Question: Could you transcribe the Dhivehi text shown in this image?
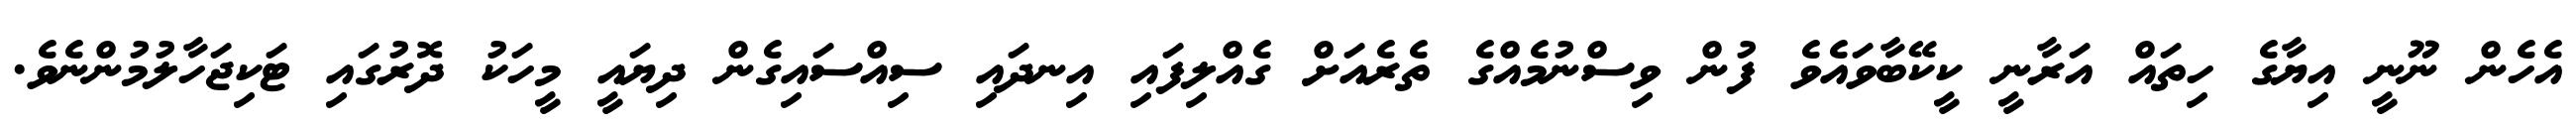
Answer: އެހެން ނޫނީ އިޔާގެ ހިތައް އަރާނީ ކީކޭބާވައެވެ ފުން ވިސްނުމެއްގެ ތެރެއަށް ގެއްލިފައި އިނދައި ސިއްސައިގެން ދިޔައީ މީހަކު ދޮރުގައި ޓަކިޖަހާލުމުންނެވެ.